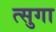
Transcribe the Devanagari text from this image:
त्सुगा